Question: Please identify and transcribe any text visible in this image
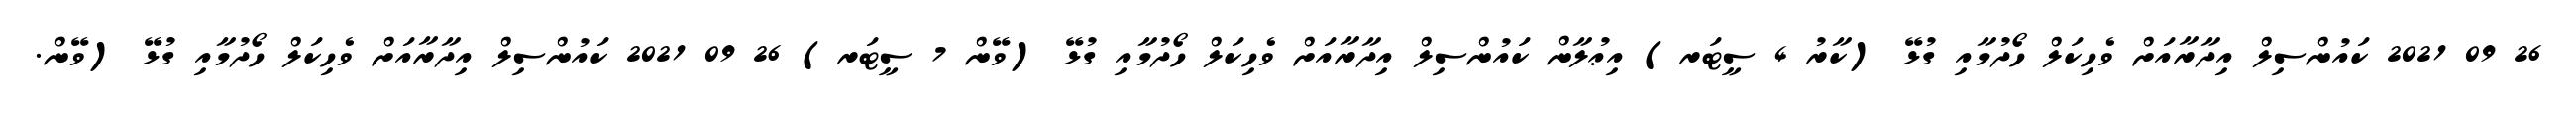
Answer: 26 09 2021 ކައުންސިލް އިދާރާއަށް ވެހިކަލް ހޯދުމާއި ގުޅޭ (ކާރު 4 ސީޓަރ) އިޢުލާން ކައުންސިލް އިދާރާއަށް ވެހިކަލް ހޯދުމާއި ގުޅޭ (ވޭން 7 ސީޓަރ) 26 09 2021 ކައުންސިލް އިދާރާއަށް ވެހިކަލް ހޯދުމާއި ގުޅޭ (ވޭން.